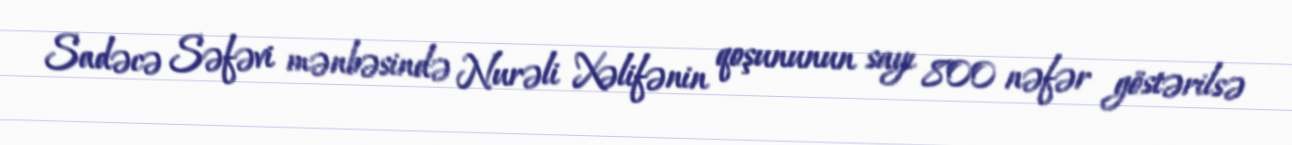
Sadəcə Səfəvi mənbəsində Nurəli Xəlifənin qoşununun sayı 800 nəfər göstərilsə